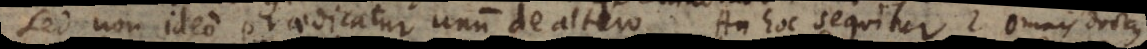
sed non ideo praedicatur unum de altero. An hoc sequitur? Omnis doctus